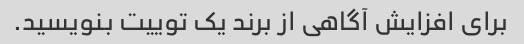
برای افزایش آگاهی از برند یک توییت بنویسید.